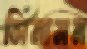
সিনামন